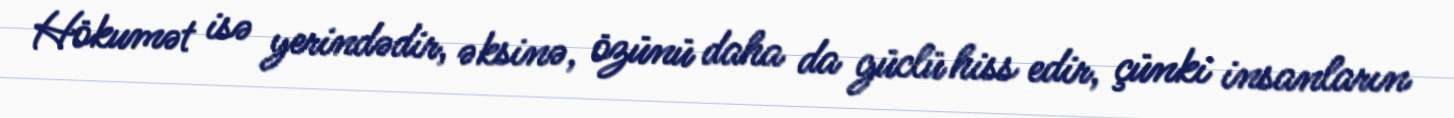
Hökumət isə yerindədir, əksinə, özünü daha da güclü hiss edir, çünki insanların